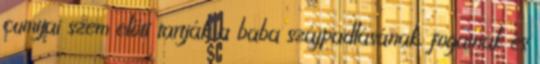
cumijai szem előtt tartják a baba szájpadlásának, fogainak és